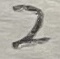
Text: 2